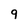
Character: 9